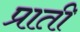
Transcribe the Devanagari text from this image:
प्राती